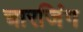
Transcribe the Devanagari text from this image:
चारजिंग